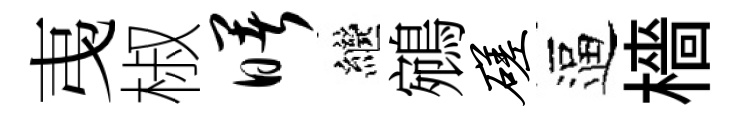
𢎯椒曙繼鵷磋逼檣